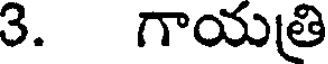
3. గాయత్రి